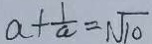
a + \frac { 1 } { a } = \sqrt { 1 0 }